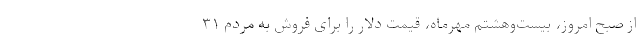
از صبح امروز، بیست‌وهشتم مهرماه، قیمت دلار را برای فروش به مردم ۳۱